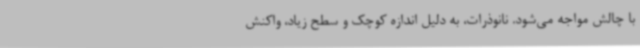
با چالش مواجه می‌شود. نانوذرات، به دلیل اندازه کوچک و سطح زیاد، واکنش